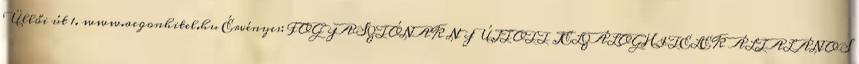
Üllői út 1. www.aegonhitel.hu Érvényes: FOGYASZTÓNAK NYÚJTOTT JELZÁLOGHITELEK ÁLTALÁNOS